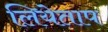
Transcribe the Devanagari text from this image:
लियेताप